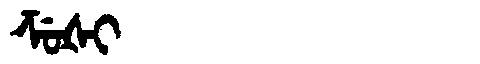
Manchu: ᡯᡠᡧᡳ
Romanization: DZUŠI